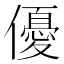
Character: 優